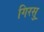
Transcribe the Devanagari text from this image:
गिरसु